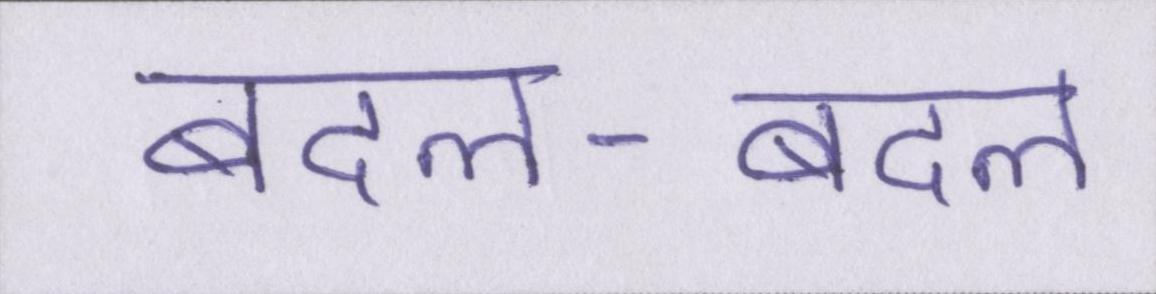
बदल-बदल